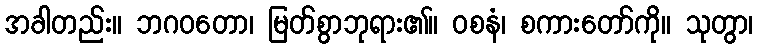
အခါတည်း။ ဘဂဝတော၊ မြတ်စွာဘုရား၏။ ဝစနံ၊ စကားတော်ကို။ သုတွာ၊